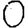
Digit: 0